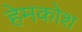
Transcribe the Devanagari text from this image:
हेमकोश